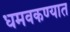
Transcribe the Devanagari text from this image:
धमवकण्यात